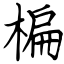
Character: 楄